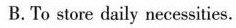
B.To store daily necessities.